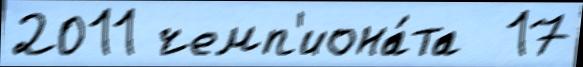
2011 чемп'иона́та  17